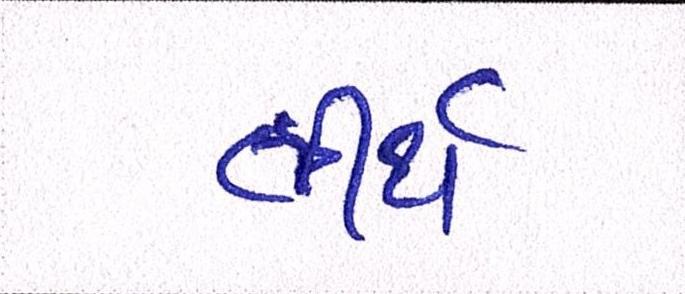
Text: તીર્થ